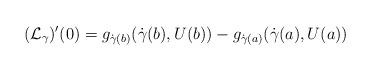
LaTeX: \begin{align*}({\cal L_\gamma})'(0)=g_{\dot\gamma(b)}({\dot\gamma(b)},U(b))-g_{\dot\gamma(a)}({\dot\gamma(a)},U(a))\end{align*}